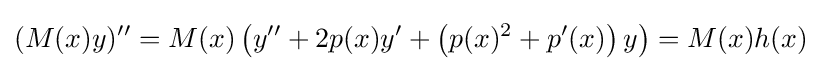
(M(x)y)''=M(x)\left(y''+2p(x)y'+\left(p(x)^{2}+p'(x)\right)y\right)=M(x)h(x)